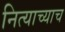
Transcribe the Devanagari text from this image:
नित्याच्याच